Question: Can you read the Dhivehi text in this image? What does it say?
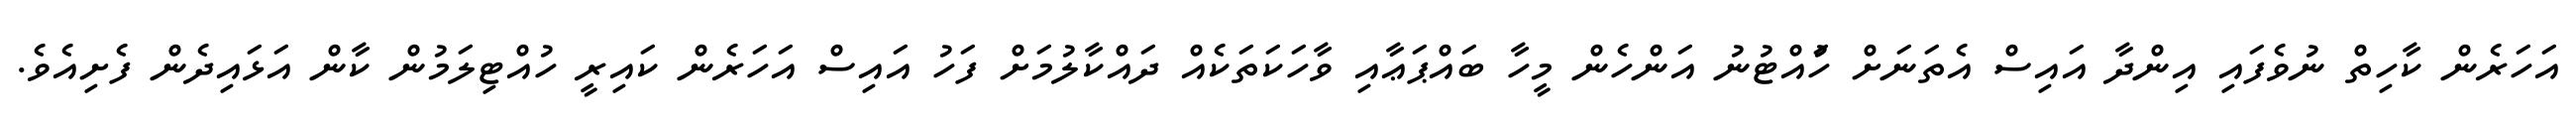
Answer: އަހަރެން ކާހިތް ނުވެފައި އިންދާ އައިސް އެތަނަށް ހުައްޓުނު އަންހެން މީހާ ބައްޕަޢާއި ވާހަކަތަކެއް ދައްކާލުމަށް ފަހު އައިސް އަހަރެން ކައިރީ ހުއްޓިލަމުން ކާން އަޅައިދެން ފެށިއެވެ.